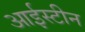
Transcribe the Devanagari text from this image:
आईस्टीन